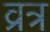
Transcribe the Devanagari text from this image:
व्रत्र